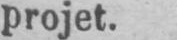
projet.